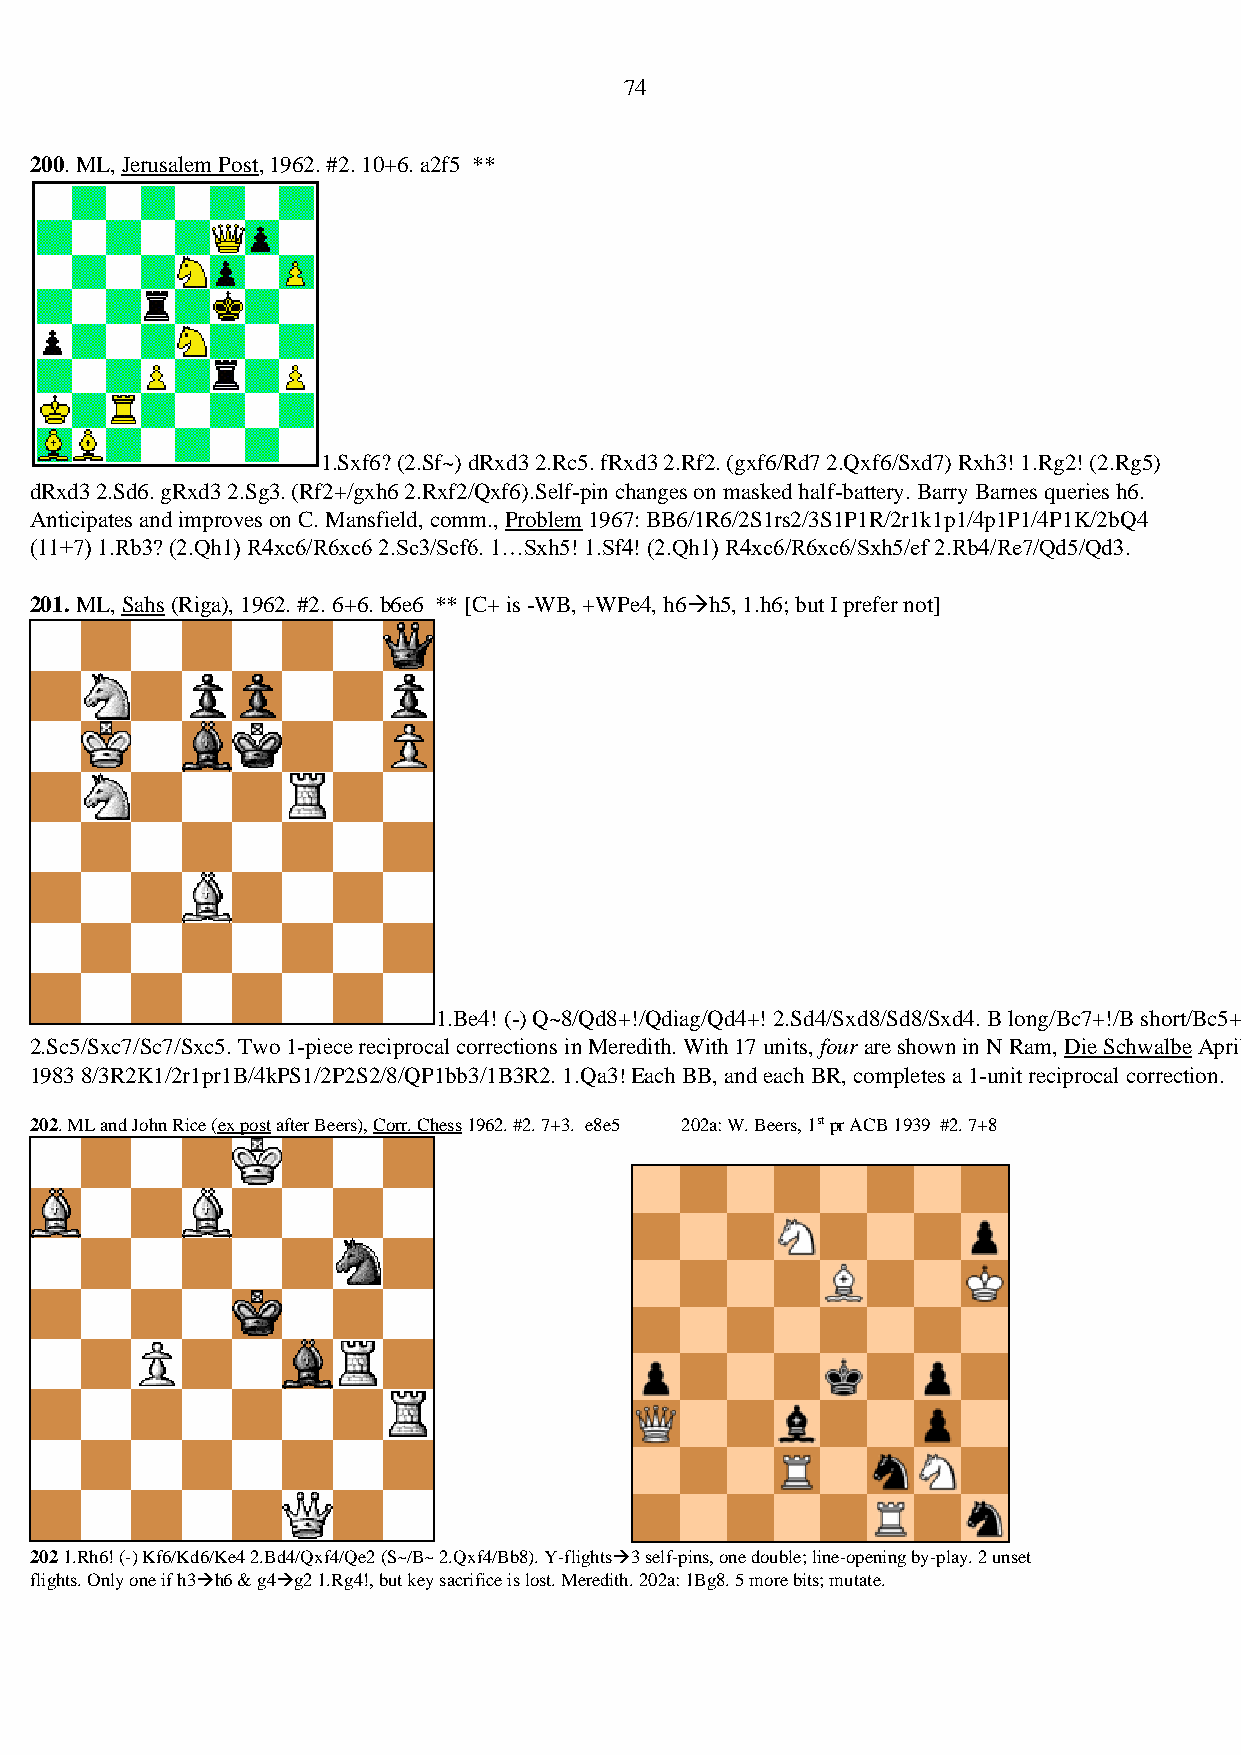
74
 200. ML, Jerusalem Post, 1962. #2. 10+6. a2f5 **
 1.Sxf6? (2.Sf~) dRxd3 2.Rc5. fRxd3 2.Rf2. (gxf6/Rd7 2.Qxf6/Sxd7) Rxh3! 1.Rg2! (2.Rg5)
 dRxd3 2.Sd6. gRxd3 2.Sg3. (Rf2+/gxh6 2.Rxf2/Qxf6).Self-pin changes on masked half-battery. Barry Barnes queries h6.
 Anticipates and improves on C. Mansfield, comm., Problem 1967: BB6/1R6/2S1rs2/3S1P1R/2r1k1p1/4p1P1/4P1K/2bQ4
 (11+7) 1.Rb3? (2.Qh1) R4xc6/R6xc6 2.Sc3/Scf6. 1…Sxh5! 1.Sf4! (2.Qh1) R4xc6/R6xc6/Sxh5/ef 2.Rb4/Re7/Qd5/Qd3.
 201. ML, Sahs (Riga), 1962. #2. 6+6. b6e6 ** [C+ is -WB, +WPe4, h6→h5, 1.h6; but I prefer not]
 1.Be4! (-) Q~8/Qd8+!/Qdiag/Qd4+! 2.Sd4/Sxd8/Sd8/Sxd4. B long/Bc7+!/B short/Bc5+!
 2.Sc5/Sxc7/Sc7/Sxc5. Two 1-piece reciprocal corrections in Meredith. With 17 units, four are shown in N Ram, Die Schwalbe April
 1983 8/3R2K1/2r1pr1B/4kPS1/2P2S2/8/QP1bb3/1B3R2. 1.Qa3! Each BB, and each BR, completes a 1-unit reciprocal correction.
 202. ML and John Rice (ex post after Beers), Corr. Chess 1962. #2. 7+3. e8e5 202a: W. Beers, 1st pr ACB 1939 #2. 7+8
 202 1.Rh6! (-) Kf6/Kd6/Ke4 2.Bd4/Qxf4/Qe2 (S~/B~ 2.Qxf4/Bb8). Y-flights→3 self-pins, one double; line-opening by-play. 2 unset
 flights. Only one if h3→h6 & g4→g2 1.Rg4!, but key sacrifice is lost. Meredith. 202a: 1Bg8. 5 more bits; mutate.